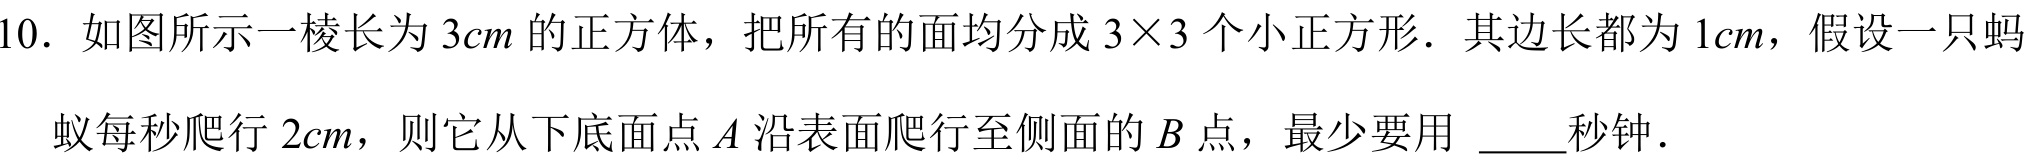
10. 如图所示一棱长为\(3cm\)的正方体，把所有的面均分成\(3\times3\)个小正方形．其边长都为\(1cm\)，假设一只蚂
蚁每秒爬行\(2cm\)，则它从下底面点\(A\)沿表面爬行至侧面的\(B\)点，最少要用 \underline{\quad\quad}秒钟．